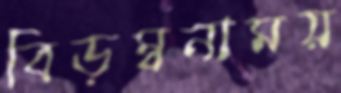
বিড়ম্বনাময়